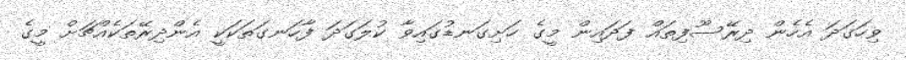
ވިހަގަދަ އެހެން ދިރޭސޫފިތައް ފަދައިން މީގެ ހަށިގަނޑުގައިވާ ކުލަގަދަ ފާހަނގަތަކަކީ އެންދިރޭތަކެއްޗަށް މީގެ